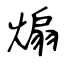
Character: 煽